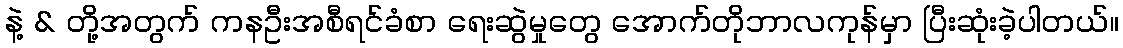
နဲ့ & တို့အတွက် ကနဦးအစီရင်ခံစာ ရေးဆွဲမှုတွေ အောက်တိုဘာလကုန်မှာ ပြီးဆုံးခဲ့ပါတယ်။